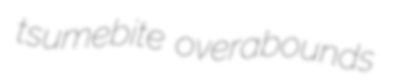
tsumebite overabounds